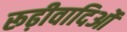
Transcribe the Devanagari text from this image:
रूढ़ीवादिओं